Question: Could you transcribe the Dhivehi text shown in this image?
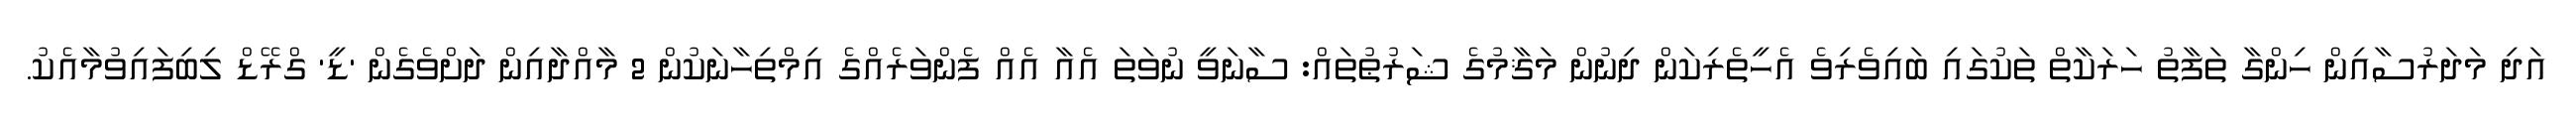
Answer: އަދި މަދަރުސާއިން ހިންގާ ތަފާތު ހަރަކާތް ތަކުގައި ބައިވެރިވެ އެހީތެރިކަން ދިނުން މަޤާމުގެ ޝަރުޠުތައް: ސާނަވީ ނުވަތަ އެއާ އެއް ފެންވަރެއްގެ އިމްތިހާނަކުން 2 މާއްދާއިން ދަށްވެގެން 'ޑީ' ގްރޭޑް ލިބިފައިވުމާއެކު.